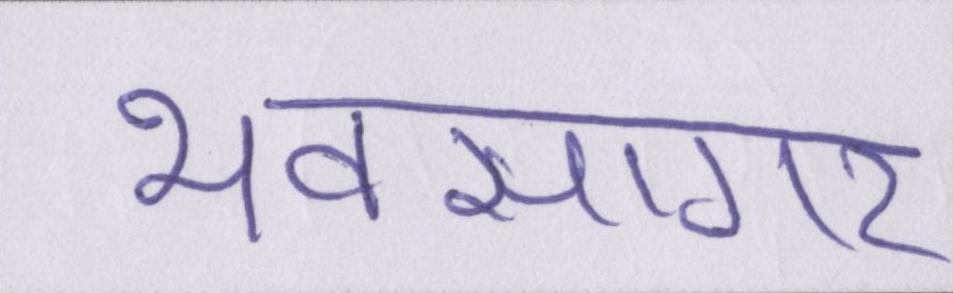
भवसागर